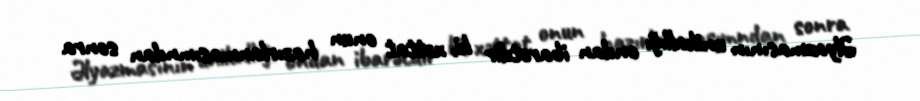
Əlyazmasının unikallığı ondan ibarətdir ki, xəttat onun hazırlanmasımndan sonra